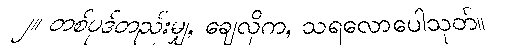
၂။ တစ်ပုဒ်တည်းမျှ, ချေလိုက, သရလောပေါသုတ်။